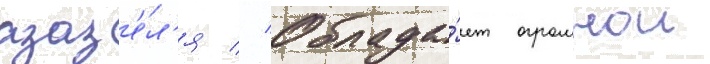
азаз'е́л'я // Облада́ет огромнои